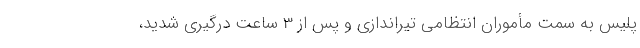
پلیس به سمت مأموران انتظامی تیراندازی و پس از 3 ساعت درگیری شدید،